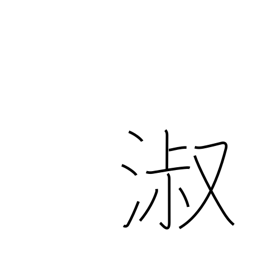
Meaning: graceful